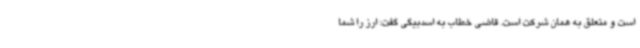
است و متعلق به همان شرکت است. قاضی خطاب به اسدبیگی گفت: ارز را شما